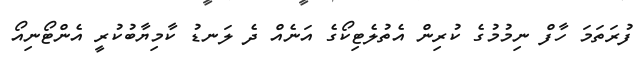
ފުރަތަމަ ހާފް ނިމުމުގެ ކުރިން އެތުލެޓިކޯގެ އަނެއް ދެ ލަނޑު ކާމިޔާބުކުރީ އެންޓޯނިއޯ